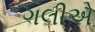
ગલીએ